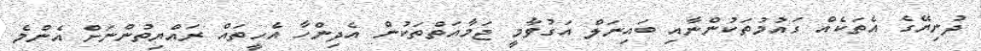
ދުނިޔޭގެ އެތަކެއް ގައުމުތަކުންނާއި ބައިނަލް އަގުވާމީ ޖަމާއަތްތަކުން އެދިންހާ އެހީތައް ރައްޔިތުންނަށް އެންމެ